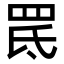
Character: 䍕